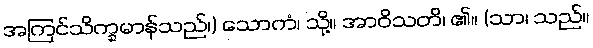
အကြင်သိက္ခမာန်သည်၊) သောကံ၊ သို့။ အာဝိသတိ၊ ၏။ (သာ၊ သည်။